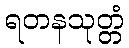
ရတနသုတ္တံ